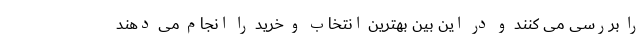
را بررسی می کنند و در این بین بهترین انتخاب و خرید را انجام می دهند